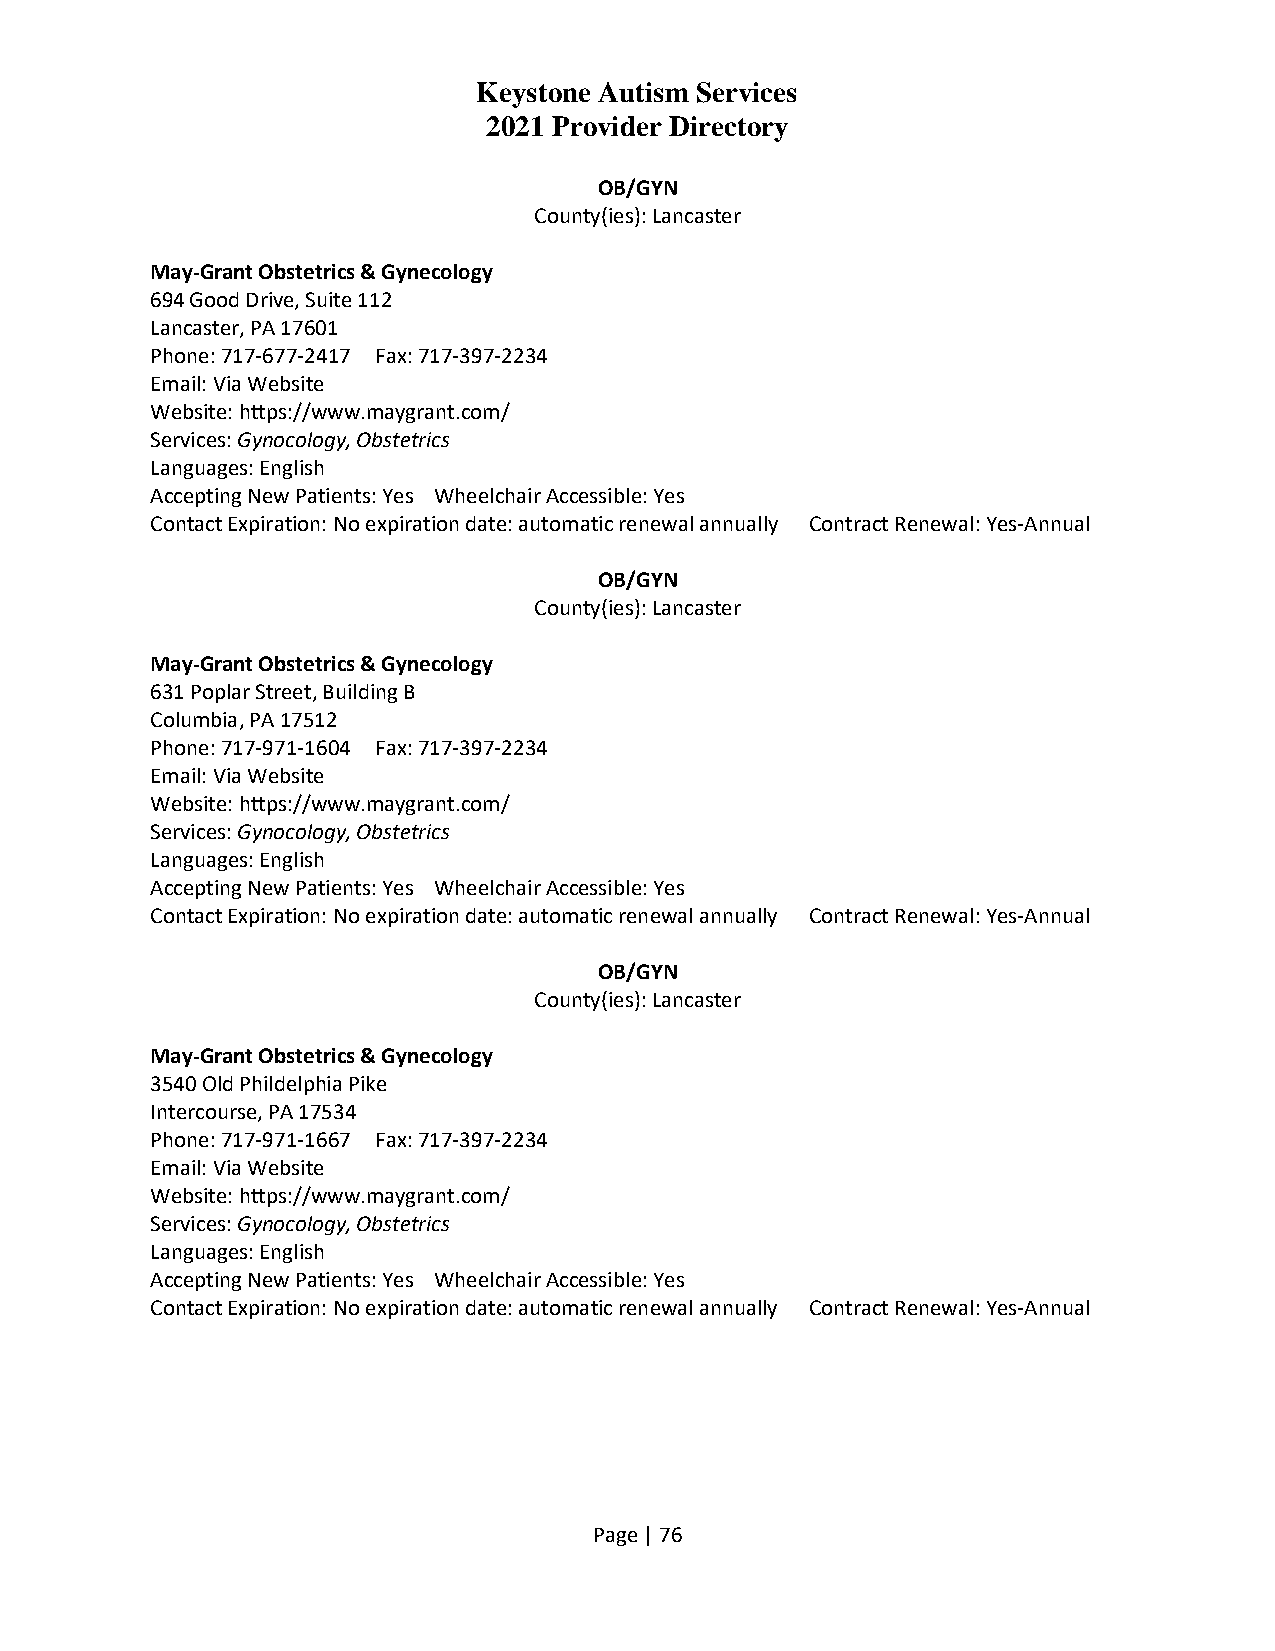
Keystone Autism Services
 2021 Provider Directory
 OB/GYN
 County(ies): Lancaster
 May-Grant Obstetrics & Gynecology
 694 Good Drive, Suite 112
 Lancaster, PA 17601
 Phone: 717-677-2417 Fax: 717-397-2234
 Email: Via Website
 Website: https://www.maygrant.com/
 Services: Gynocology, Obstetrics
 Languages: English
 Accepting New Patients: Yes Wheelchair Accessible: Yes
 Contact Expiration: No expiration date: automatic renewal annually Contract Renewal: Yes-Annual
 OB/GYN
 County(ies): Lancaster
 May-Grant Obstetrics & Gynecology
 631 Poplar Street, Building B
 Columbia, PA 17512
 Phone: 717-971-1604 Fax: 717-397-2234
 Email: Via Website
 Website: https://www.maygrant.com/
 Services: Gynocology, Obstetrics
 Languages: English
 Accepting New Patients: Yes Wheelchair Accessible: Yes
 Contact Expiration: No expiration date: automatic renewal annually Contract Renewal: Yes-Annual
 OB/GYN
 County(ies): Lancaster
 May-Grant Obstetrics & Gynecology
 3540 Old Phildelphia Pike
 Intercourse, PA 17534
 Phone: 717-971-1667 Fax: 717-397-2234
 Email: Via Website
 Website: https://www.maygrant.com/
 Services: Gynocology, Obstetrics
 Languages: English
 Accepting New Patients: Yes Wheelchair Accessible: Yes
 Contact Expiration: No expiration date: automatic renewal annually Contract Renewal: Yes-Annual
 Page | 76